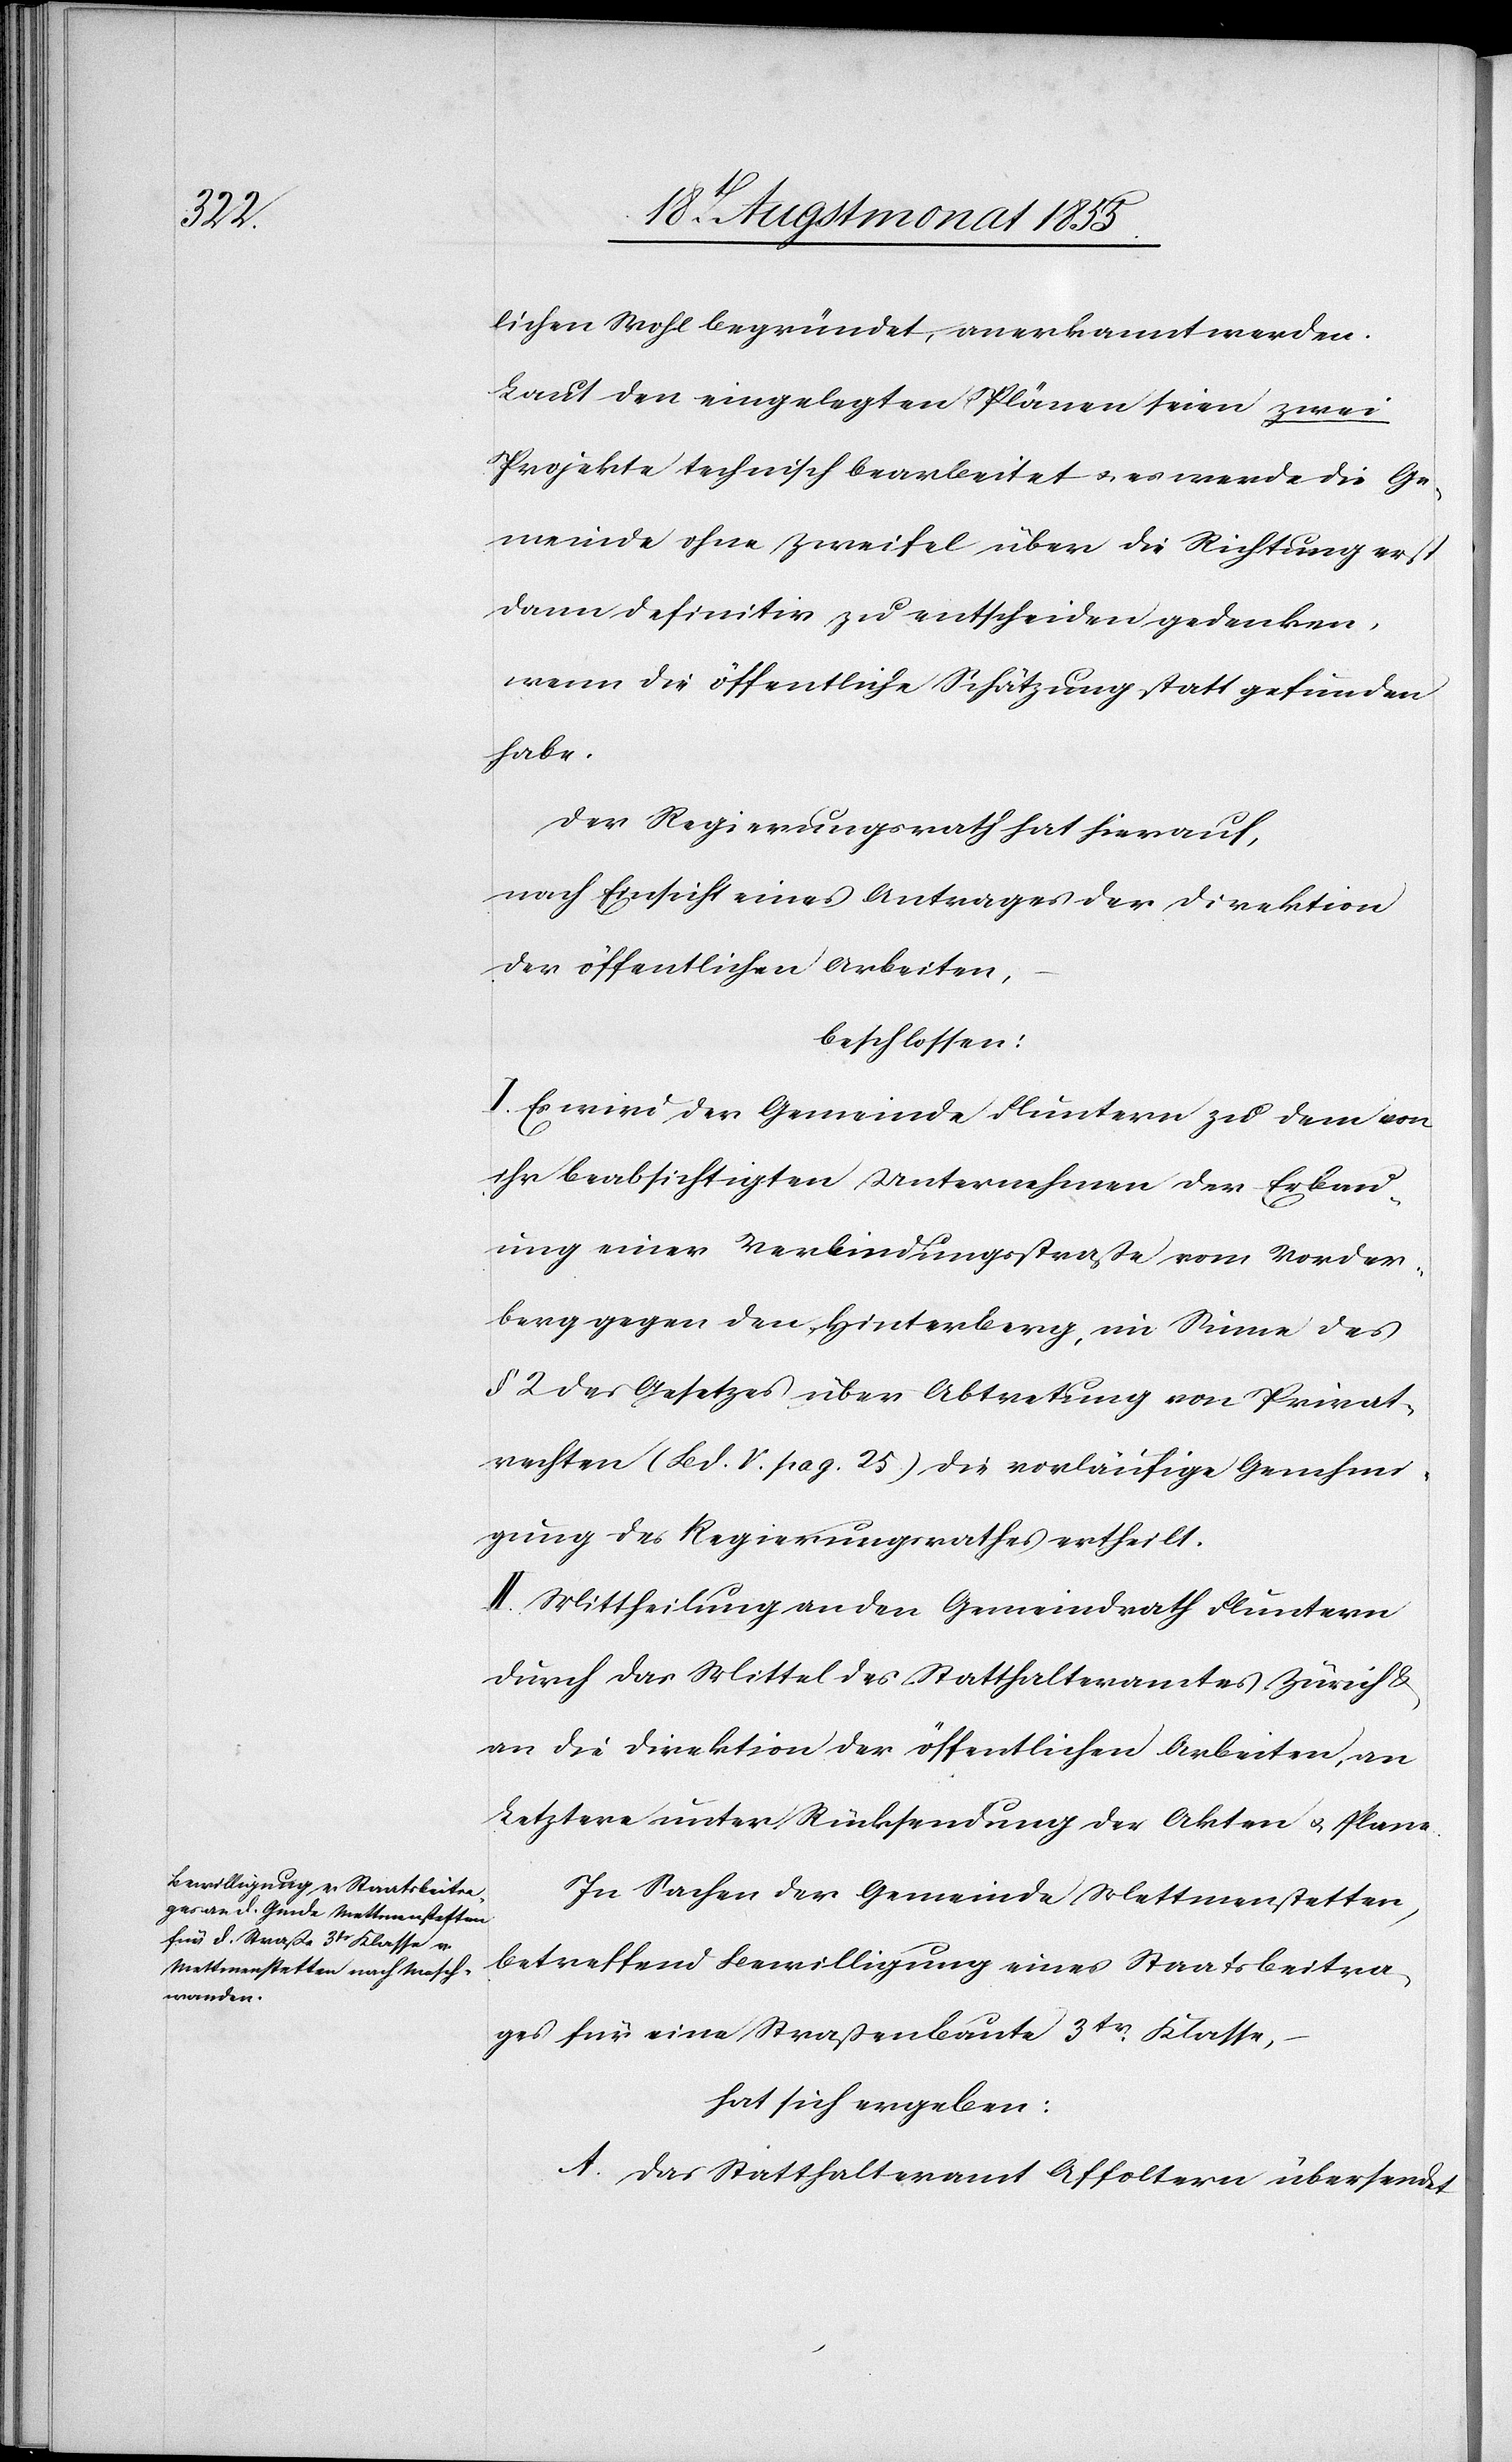
lichen Wohl begründet, anerkannt werden.
Laut den eingelegten Plänen seien zwei
Projekte technisch bearbeitet & es werde die Ge¬
meinde ohne Zweifel über die Richtung erst
dann definitiv zu entscheiden gedenken,
wenn die öffentliche Schätzung statt gefunden
habe.
Der Regierungsrath hat hierauf,
nach Einsicht eines Antrages der Direktion
der öffentlichen Arbeiten,
beschlossen:
I. Es wird der Gemeinde Fluntern zu dem von
ihr beabsichtigten Unternehmen der Erbau¬
ung einer Verbindungsstraße vom Vorder¬
berg gegen den Hinterberg, im Sinne des
§ 2 des Gesetzes über Abtretung von Privat¬
rechten (Bd. V. pag. 25) die vorläufige Genehmi¬
gung des Regierungsrathes ertheilt.
II. Mittheilung an den Gemeindrath Fluntern
durch das Mittel des Statthalteramtes Zürich &
an die Direktion der öffentlichen Arbeiten, an
Letztere unter Rücksendung der Akten & Plane.
In Sachen der Gemeinde Mettmenstetten,
betreffend Bewilligung eines Staatsbeitra¬
ges für eine Straßenbaute 3tr. Klasse,
hat sich ergeben:
A. Das Statthalteramt Affoltern übersendet